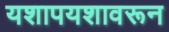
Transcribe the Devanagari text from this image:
यशापयशावरून